Medical and sanitary report of the native army of Bengal for the year
Year: 1875
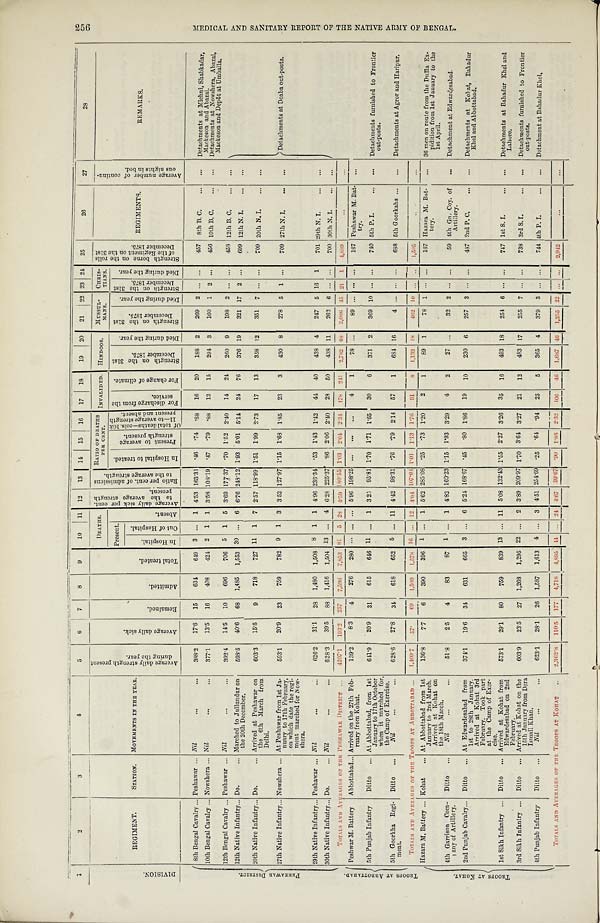
1
2
3
4
5
6
7
8
9
10 11 12 13 14 15 16 17 18
19 20 21 22 23 24 25
26
27
28
D I V I S I O N .
REGIMENT.
STATION. MOVEMENTS IN THE YEAR.
A v e r a g e d a i l y s t r e n g t h p r e s e n t d u r i n g t h e y e a r .
A v e r a g e d a i l y s i c k .
R e m a i n e d .
A d m i t t e d .
T o t a l t r e a t e d .
DEATHS. A v e r a g e d a i l y s i c k p e r c e n t .
t o t h e a v e r a g e s t r e n g t h
present .
R a t i o p e r c e n t . o f a d m i s s i o n s
t o t h e a v e r a g e s t r e n g t h . RATIO OF DEATHS
PER CENT.
INVALIDED. HINDOOS. MUSSUL-
MANS.
CHRIS-
TIANS.
S t r e n g t h b o r n e o n t h e r o l l s o f t h e R e g i m e n t o n t h e 3 1 s t D e c e m b e r 1 8 7 5 .
REGIM ENTS.
A v e r a g e n u m b e r o f c o n t i n u -
o u s n i g h t s i n b e d .
REMARKS.
Present.
Abs ent .
I n H o s p i t a l t o t r e a t e d .
P r e s e n t t o a v e r a g e s t r e n g t h p r e s e n t .
O f t o t a l d e a t h s — c o l s . 1 0 &
1 1 — t o a v e r a g e s t r e n g t h p r e s e n t a n d a b s e n t .
F o r d i s c h a r g e f r o m t h e s e r v i c e .
F o r c h a n g e o f c l i m a t e .
S t r e n g t h o n t h e 3 1 s t D e c e m b e r 1 8 7 5 .
D i e d d u r i n g t h e y e a r .
S t r e n g t h o n t h e 3 1 s t
D e c e m b e r 1 8 7 5 .
D i e d d u r i n g t h e y e a r .
S t r e n g t h o n t h e 3 1 s t
D e c e m b e r 1 8 7 5 . D i e d d u r i n g t h e y e a r .
I n H o s p i t a l .
O u t o f H o s p i t a l .
P E S H A W A R D I S T R I C T . 8th Bengal Cavalry ... Peshawar ... Nil
...
...
388.2 17.6 15
634
649 3 ... 1 4.53 163.31 . 46 .74
. 8 8 16 20
188 2
269 2 ... ...
457 8th B. C. ... ... Detachments at Michni, Shabkadar,
Mackeson and Abazai.
10th Bengal Cavalry ... Nowshera ... Nil
. . .
. . . 377.1 13.5 16
408
424 2 1 1 3.58 108.19 . 47 .79
. 8 8 12 15
294 3
160 1 2 ...
456 10th B. C. ... ... Detachments at Nowshera, Abazai,
Mackeson and Depôt at Umballa.
12th Bengal Cavalry ... Peshawar ... Nil
...
...
392.4 14.5 10
696
706 5 1 5 3.69 177.37 . 70 1.52 2.40 14 24 260 9
198 2 ... ...
458 12th B. C. ...
. . .
Detachments at D
oaba out-posts.
12th Native Infantry... Do.
... Marched to Jullundur on
the 20th December.
598.5 40.6 68 1,485 1,553 30 ... 6 6.76 248.12 1.93 5 . 0 1
5.14 24 76
376 19
321 17 2 ...
699 12th N. I. ... ...
20th Native Infantry ... Do.
... Arrived at Peshawar on
the 6th March from
Delhi.
603.3 15.5
9
718
727 11 1 7 2.57 118.99 1.51 1.99 2.73 17 13
358 12
351 7 ... ...
709 20th N. I. ... . . .
27th Native Infantry ... Nowshera ... At Peshawar from 1st Ja-
nuary to 17th February,
on which date the regi-
ment marched for Now-
shera.
593.1 20.9 23
759
782 9 1 3 3.52 127.97 1.15 1.68 1.85 23
3
430 8
278 5 1 ...
709 27th N. I. ... ...
29th Native Infantry ... Peshawar ... Nil
...
...
626.2 31.1 28 1,480 1,508 8 1 1 4.96 236.34 . 5 3 1.43 1.42 44 40
438 4
247 5 16 1
701 29th N. I. ...
...
30th Native Infantry ... Do.
... Nil
...
...
628.3 39.5 88 1,416 1,504 13 ... 4 6.28 225.37 . 86 2.06 2.40 28 50
438 11
262 6 ...
. . . 700 30th N. I. ... ...
TOTALS AND AVERAGES OF THE PESHAWAR DISTRICT ...
4 2 0 7 . 1 193.2 257 7,596 7,853 81
5 28
4 . 5 9 180.55. 1.03 2.04 2.34 178 241 2,782 6 8 2,086 4 5 2 1 1
4 , 8 8 9
. . .
. . .
T R O O P S A T A B B O T T A B A D .
Peshwar M. Battery Abbottabad ... Arrived on the 27th Feb-
ruary from Kohat.
139.2
8.3 4
276
280 . . . ... ... 5.96 198.25 ... ... ...
4
1
78 ...
8 9 . . . . . . . . . 167 Peshawar M. Bat-
try.
...
5th Punjab Infantry Ditto ... At Abbottabad, from 1st
January to 17th October
when it marched for,
the Camp of Exercise.
641.9 20.9 31
615
646 11 ... 1 3 25 95.81 1.70 1.71 1.65 30
6
371 2
369 10 ... ...
740 5th P. I. ...
... Detachments furnished to Frontier
out-posts.
5th Goorkha Regi-
ment.
Ditto ...
Nil
...
. . . 628.6 27.8 34 618
652 5 ... 11
4 . 4 2 98.31 . 7 6 .79 2.14 57
1
684 16
4 . . . . . .
...
688 5th Goorkahs ... ... Detachments at Agror and Haripur.
TOTALS AND AVERAGES OF THE TROOP S AT ABBOTTABAD
... 1,409.7
5 7 . 69 1,509
1 , 5 7 8 16 . . . 12
4 . 0 4 107.04 1.01 1.13 1.76
9 1
8 1,133 18
4 6 2 10 . . . . .
1 , 5 9 5
..
...
T R O O P S A T K O H A T .
Hazara M. Battery ... Kohat ... At Abbottabad from 1st
January to 2nd March.
Arrived at Kohat on
the 18th March.
136.8 7.7 6
390
396 1 ... 1 5.62 285.08 . 25 .73 1.20
2
1
89 1
78 1 ... ...
167 Hazara M. Bat-
tery.
... 36 men on route from the Duffla Ex-
pidition from 1st January to the
1st April.
4th Garrison Com-
pany of Artillery.
Ditto ... Nil
...
...
51.8
2.5 4
83
87 1 ... 1 4.82 160.23 1.15 1.93 3.29 4
2
27 ...
32 2 ...
. . . 59 4th Gn. Coy. of
Artillery.
... Detachment at Edwardesabad.
2nd Punjab Cavalry ... Ditto ... At Edwardesabad from
1st to 28th January.
Arrived at Kohat 3rd
February. Took part
at the Camp of Exer-
cise.
374.1 19.6 34
631
665
3
... 6 5.24 168.67 . 45 .80 1.86 19 10
230 6
257 3 . . . ...
487 2nd P. C. ... ... Detachments at Kohat, Bahadur
Khel and Abbottabad.
1st Sikh Infantry ... Ditto ... Arrived at Kohat from
Edwardesabad on 2nd
February.
573.1 29.1 80
759
839 13 ... 11 5.08 132.43 1.55 2.27 3.26 35 16
493 18
254 6 . . . ...
747 1st S. I. ... ... Detachments at Bahadur Khel and
Lahore.
3rd Sikh Infantry ... Ditto ... Arrived at Kohat on the
15th January from Dera
Ismail Khan.
603.9 23.5 27 1,268 1,295 22 ... 2 3.89 209.97 1.70 3.64 3.27 21 12
483 17
255 7 ... ...
738 3rd S. I. ... ... Detachments furnished to Frontier
out-posts.
4th Punjab Infantry Ditto ...
Nil
...
...
623.1 28.1 26 1,587 1,613 4 ... 3 4.51 254.69 . 2 5 .64 .94 25
5
365 4
379 3 ... . . . 744 4th P. I. ...
. . . Detachment at Bahadur Khel.
TOTALS AND AVERAGES OF THE TROOPS AT KOHAT
. . . 2,362.8 110.5 177 4,718 4,895 4 4 ... 24
4 . 6 7 99.67
. 9 0 1.86 2.32 106
4 6 1,687 46 1,255 2 2 . . . ... 2,942 ...
. . .
256
M E D I C A L A N D S A N I T A R Y R E P O R T O F T H E N A T I V E A R M Y O F B E N G A L .